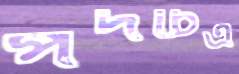
পদচিত্র